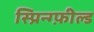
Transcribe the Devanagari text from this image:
स्प्रिन्ग्फ़ील्ड